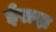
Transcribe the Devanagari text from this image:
ईरादा